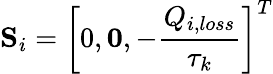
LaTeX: \textbf{S}_{i}=\left[0,\textbf{0},-\frac{Q_{i,loss}}{\tau_{k}}\right]^{T}